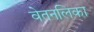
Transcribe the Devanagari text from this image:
वेतनलिका